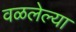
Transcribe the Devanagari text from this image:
वळलेल्या